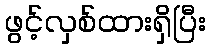
ဖွင့်လှစ်ထားရှိပြီး